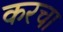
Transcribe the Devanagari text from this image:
करचा